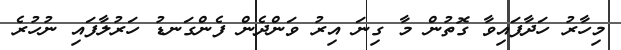
މިހާރު ހަދާފައިވާ ގޮތުން މާ ގިނަ އިރު ވަންދެން ފެންގަނޑު ހަރުލާފައި ނުހުރެ